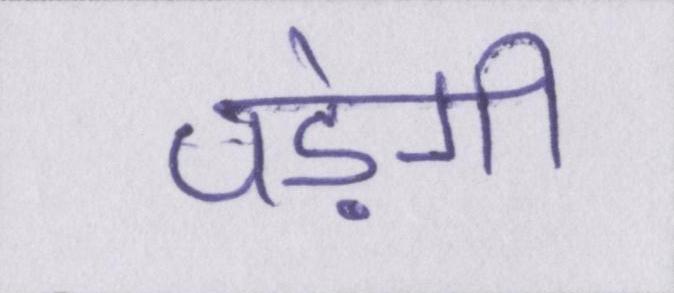
पड़ेगी